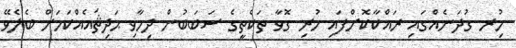
ހުިރ ގުދަނެއްގައި ރައްކާކޮށްފައި ހުރި ގޮވާ ތަކެތީގެ ސަބަބުން ދިމާވި ޙަދިޘައެއްކަމަށް ބެލެވޭ